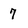
Character: 7